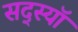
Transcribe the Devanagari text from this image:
सद्स्यॉ